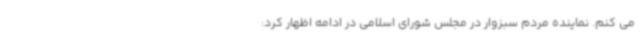
می کنم. نماینده مردم سبزوار در مجلس شورای اسلامی در ادامه اظهار کرد: